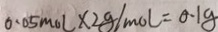
0 . 0 5 m o l \times 2 g / m o l = 0 . 1 g